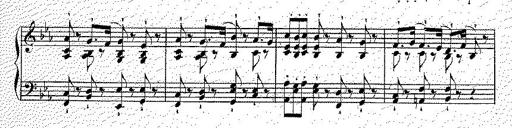
Title: Illustrations du ProphÃ¨te
Composer: Franz Liszt